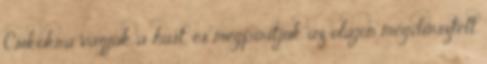
Csíkokra vágjuk a húst, és megpirítjuk az olajon megdinsztelt